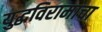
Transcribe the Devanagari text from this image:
युद्धविरामाचा